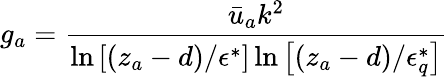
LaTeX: g_{a}=\frac{\bar{u}_{a}k^{2}}{\ln\left[\left(z_{a}-d\right)/\epsilon^{*}\right]\ln\left[\left(z_{a}-d\right)/\epsilon_{q}^{*}\right]}